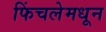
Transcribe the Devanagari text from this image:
फिंचलेमधून